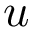
u